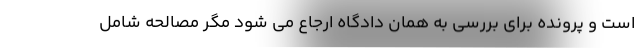
است و پرونده برای بررسی به همان دادگاه ارجاع می شود مگر مصالحه شامل